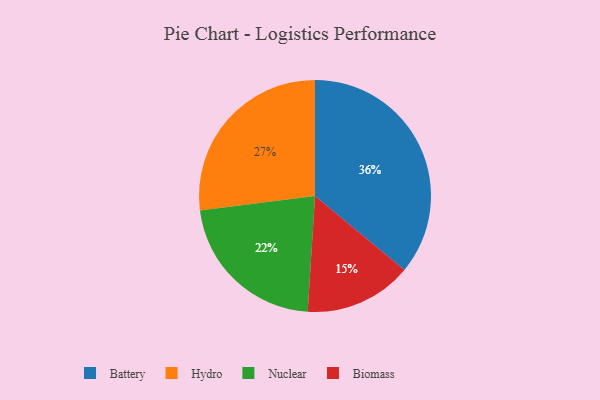
{"axis": {"x": "Category", "y": "Percentage"}, "legend": ["Battery", "Biomass", "Hydro", "Nuclear"], "data": [{"x": "Nuclear", "y": 22, "type": "Nuclear"}, {"x": "Biomass", "y": 15, "type": "Biomass"}, {"x": "Hydro", "y": 27, "type": "Hydro"}, {"x": "Battery", "y": 36, "type": "Battery"}]}